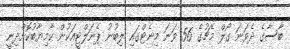
ބާސާގެ ދެވަނަ ގޯލް މެޗުގެ 56 ވަނަ މިނެޓްގައި ލިބުނު ޕެނަލްޓީއަކުން ކާމިޔާބުކޮށްދިނީ